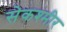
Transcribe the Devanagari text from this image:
सेकश्मीर